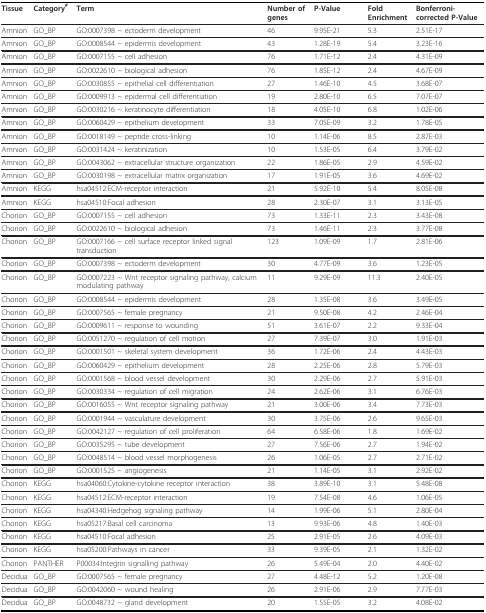
<table><thead><tr><td><b>Tissue</b></td><td><b>Category<sup># </sup></b></td><td><b>Term</b></td><td><b>Number of genes</b></td><td><b>P-Value</b></td><td><b>Fold Enrichment</b></td><td><b>Bonferroni-corrected P-Value</b></td></tr></thead><tbody><tr><td>Amnion</td><td>GO_BP</td><td>GO:0007398 ~ ectoderm development</td><td>46</td><td>9.95E-21</td><td>5.3</td><td>2.51E-17</td></tr><tr><td>Amnion</td><td>GO_BP</td><td>GO:0008544 ~ epidermis development</td><td>43</td><td>1.28E-19</td><td>5.4</td><td>3.23E-16</td></tr><tr><td>Amnion</td><td>GO_BP</td><td>GO:0007155 ~ cell adhesion</td><td>76</td><td>1.71E-12</td><td>2.4</td><td>4.31E-09</td></tr><tr><td>Amnion</td><td>GO_BP</td><td>GO:0022610 ~ biological adhesion</td><td>76</td><td>1.85E-12</td><td>2.4</td><td>4.67E-09</td></tr><tr><td>Amnion</td><td>GO_BP</td><td>GO:0030855 ~ epithelial cell differentiation</td><td>27</td><td>1.46E-10</td><td>4.5</td><td>3.68E-07</td></tr><tr><td>Amnion</td><td>GO_BP</td><td>GO:0009913 ~ epidermal cell differentiation</td><td>19</td><td>2.80E-10</td><td>6.5</td><td>7.07E-07</td></tr><tr><td>Amnion</td><td>GO_BP</td><td>GO:0030216 ~ keratinocyte differentiation</td><td>18</td><td>4.05E-10</td><td>6.8</td><td>1.02E-06</td></tr><tr><td>Amnion</td><td>GO_BP</td><td>GO:0060429 ~ epithelium development</td><td>33</td><td>7.05E-09</td><td>3.2</td><td>1.78E-05</td></tr><tr><td>Amnion</td><td>GO_BP</td><td>GO:0018149 ~ peptide cross-linking</td><td>10</td><td>1.14E-06</td><td>8.5</td><td>2.87E-03</td></tr><tr><td>Amnion</td><td>GO_BP</td><td>GO:0031424 ~ keratinization</td><td>10</td><td>1.53E-05</td><td>6.4</td><td>3.79E-02</td></tr><tr><td>Amnion</td><td>GO_BP</td><td>GO:0043062 ~ extracellular structure organization</td><td>22</td><td>1.86E-05</td><td>2.9</td><td>4.59E-02</td></tr><tr><td>Amnion</td><td>GO_BP</td><td>GO:0030198 ~ extracellular matrix organization</td><td>17</td><td>1.91E-05</td><td>3.6</td><td>4.69E-02</td></tr><tr><td>Amnion</td><td>KEGG</td><td>hsa04512:ECM-receptor interaction</td><td>21</td><td>5.92E-10</td><td>5.4</td><td>8.05E-08</td></tr><tr><td>Amnion</td><td>KEGG</td><td>hsa04510:Focal adhesion</td><td>28</td><td>2.30E-07</td><td>3.1</td><td>3.13E-05</td></tr><tr><td>Chorion</td><td>GO_BP</td><td>GO:0007155 ~ cell adhesion</td><td>73</td><td>1.33E-11</td><td>2.3</td><td>3.43E-08</td></tr><tr><td>Chorion</td><td>GO_BP</td><td>GO:0022610 ~ biological adhesion</td><td>73</td><td>1.46E-11</td><td>2.3</td><td>3.77E-08</td></tr><tr><td>Chorion</td><td>GO_BP</td><td>GO:0007166 ~ cell surface receptor linked signal transduction</td><td>123</td><td>1.09E-09</td><td>1.7</td><td>2.81E-06</td></tr><tr><td>Chorion</td><td>GO_BP</td><td>GO:0007398 ~ ectoderm development</td><td>30</td><td>4.77E-09</td><td>3.6</td><td>1.23E-05</td></tr><tr><td>Chorion</td><td>GO_BP</td><td>GO:0007223 ~ Wnt receptor signaling pathway, calcium modulating pathway</td><td>11</td><td>9.29E-09</td><td>11.3</td><td>2.40E-05</td></tr><tr><td>Chorion</td><td>GO_BP</td><td>GO:0008544 ~ epidermis development</td><td>28</td><td>1.35E-08</td><td>3.6</td><td>3.49E-05</td></tr><tr><td>Chorion</td><td>GO_BP</td><td>GO:0007565 ~ female pregnancy</td><td>21</td><td>9.50E-08</td><td>4.2</td><td>2.46E-04</td></tr><tr><td>Chorion</td><td>GO_BP</td><td>GO:0009611 ~ response to wounding</td><td>51</td><td>3.61E-07</td><td>2.2</td><td>9.33E-04</td></tr><tr><td>Chorion</td><td>GO_BP</td><td>GO:0051270 ~ regulation of cell motion</td><td>27</td><td>7.39E-07</td><td>3.0</td><td>1.91E-03</td></tr><tr><td>Chorion</td><td>GO_BP</td><td>GO:0001501 ~ skeletal system development</td><td>36</td><td>1.72E-06</td><td>2.4</td><td>4.43E-03</td></tr><tr><td>Chorion</td><td>GO_BP</td><td>GO:0060429 ~ epithelium development</td><td>28</td><td>2.25E-06</td><td>2.8</td><td>5.79E-03</td></tr><tr><td>Chorion</td><td>GO_BP</td><td>GO:0001568 ~ blood vessel development</td><td>30</td><td>2.29E-06</td><td>2.7</td><td>5.91E-03</td></tr><tr><td>Chorion</td><td>GO_BP</td><td>GO:0030334 ~ regulation of cell migration</td><td>24</td><td>2.62E-06</td><td>3.1</td><td>6.76E-03</td></tr><tr><td>Chorion</td><td>GO_BP</td><td>GO:0016055 ~ Wnt receptor signaling pathway</td><td>21</td><td>3.00E-06</td><td>3.4</td><td>7.73E-03</td></tr><tr><td>Chorion</td><td>GO_BP</td><td>GO:0001944 ~ vasculature development</td><td>30</td><td>3.75E-06</td><td>2.6</td><td>9.65E-03</td></tr><tr><td>Chorion</td><td>GO_BP</td><td>GO:0042127 ~ regulation of cell proliferation</td><td>64</td><td>6.58E-06</td><td>1.8</td><td>1.69E-02</td></tr><tr><td>Chorion</td><td>GO_BP</td><td>GO:0035295 ~ tube development</td><td>27</td><td>7.56E-06</td><td>2.7</td><td>1.94E-02</td></tr><tr><td>Chorion</td><td>GO_BP</td><td>GO:0048514 ~ blood vessel morphogenesis</td><td>26</td><td>1.06E-05</td><td>2.7</td><td>2.71E-02</td></tr><tr><td>Chorion</td><td>GO_BP</td><td>GO:0001525 ~ angiogenesis</td><td>21</td><td>1.14E-05</td><td>3.1</td><td>2.92E-02</td></tr><tr><td>Chorion</td><td>KEGG</td><td>hsa04060:Cytokine-cytokine receptor interaction</td><td>38</td><td>3.89E-10</td><td>3.1</td><td>5.48E-08</td></tr><tr><td>Chorion</td><td>KEGG</td><td>hsa04512:ECM-receptor interaction</td><td>19</td><td>7.54E-08</td><td>4.6</td><td>1.06E-05</td></tr><tr><td>Chorion</td><td>KEGG</td><td>hsa04340:Hedgehog signaling pathway</td><td>14</td><td>1.99E-06</td><td>5.1</td><td>2.80E-04</td></tr><tr><td>Chorion</td><td>KEGG</td><td>hsa05217:Basal cell carcinoma</td><td>13</td><td>9.93E-06</td><td>4.8</td><td>1.40E-03</td></tr><tr><td>Chorion</td><td>KEGG</td><td>hsa04510:Focal adhesion</td><td>25</td><td>2.91E-05</td><td>2.6</td><td>4.09E-03</td></tr><tr><td>Chorion</td><td>KEGG</td><td>hsa05200:Pathways in cancer</td><td>33</td><td>9.39E-05</td><td>2.1</td><td>1.32E-02</td></tr><tr><td>Chorion</td><td>PANTHER</td><td>P00034:Integrin signalling pathway</td><td>26</td><td>5.49E-04</td><td>2.0</td><td>4.40E-02</td></tr><tr><td>Decidua</td><td>GO_BP</td><td>GO:0007565 ~ female pregnancy</td><td>27</td><td>4.48E-12</td><td>5.2</td><td>1.20E-08</td></tr><tr><td>Decidua</td><td>GO_BP</td><td>GO:0042060 ~ wound healing</td><td>26</td><td>2.91E-06</td><td>2.9</td><td>7.77E-03</td></tr><tr><td>Decidua</td><td>GO_BP</td><td>GO:0048732 ~ gland development</td><td>20</td><td>1.55E-05</td><td>3.2</td><td>4.08E-02</td></tr></tbody></table>